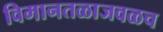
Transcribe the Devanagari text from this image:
विमानतळाजवळच